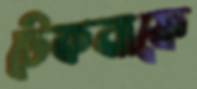
টেকনাফে